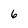
Character: 6